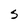
Character: S